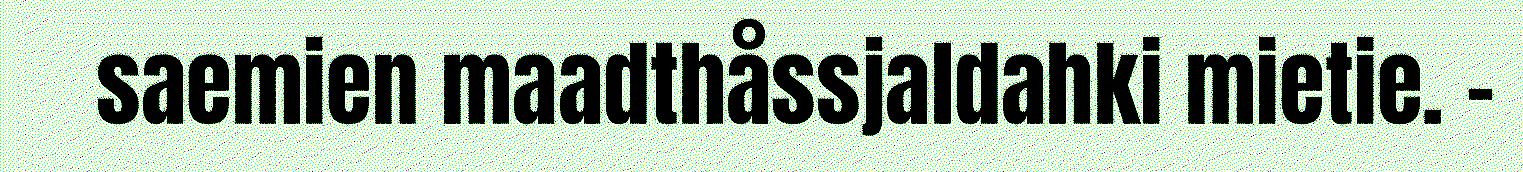
saemien maadthåssjaldahki mietie. –